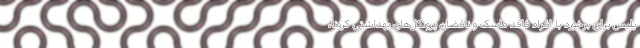
پلیس برای برخورد با افراد فاقد ماسک و ناقضان پروتکل‌های بهداشتی کرونا،